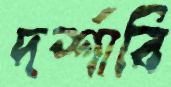
দর্শাবি